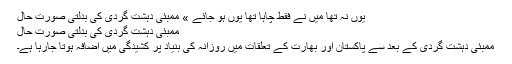
يوں نہ تھا ميں نے فقط چاہا تھا يوں ہو جائے » ممبئی دہشت گردی کی بدلتی صورت حال
ممبئی دہشت گردی کی بدلتی صورت حال
ممبئی دہشت گردی کے بعد سے پاکستان اور بھارت کے تعلقات میں روزانہ کی بنیاد پر کشیدگی میں اضافہ ہوتا جارہا ہے۔